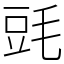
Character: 毭